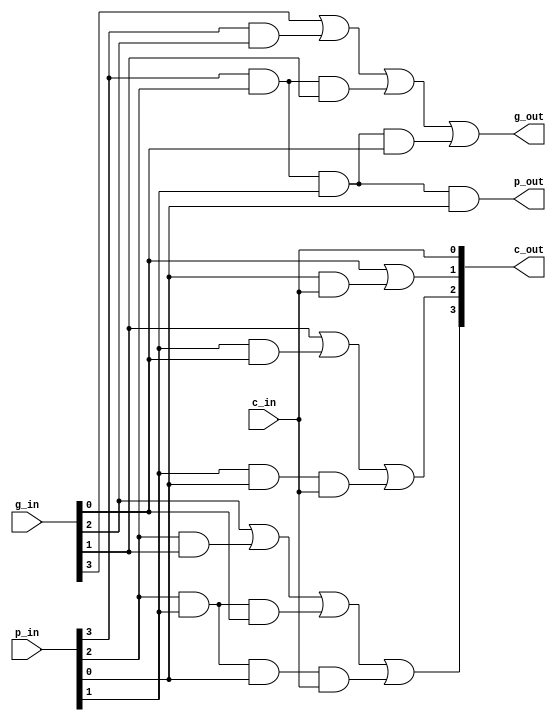
module Carry4(
	input  c_in,
	input  [3:0] p_in,
	input  [3:0] g_in,
	output [3:0] c_out,
	output p_out,
	output g_out
);

assign p_out 	= p_in[3] & p_in[2] & p_in[1] & p_in[0];
assign g_out	= g_in[3] | (p_in[3]&g_in[2]) | (p_in[3]&p_in[2]&g_in[1]) | (p_in[3]&p_in[2]&p_in[1]&g_in[0]);
assign c_out[0] = c_in;
// c[1] = g[0] | (p[0]&c[0])
assign c_out[1] = g_in[0] | (p_in[0]&c_in);
// c[2] = g[1] | (p[1]&g[0]) | (p[1]&p[0]&c[0])
assign c_out[2] = g_in[1] |      	 (p_in[1]&g_in[0]) |      	 (p_in[1]&p_in[0]&c_in);
// c[3] = g[2] | (p[2]&g[1]) | (p[2]&p[1]&g[0]) | (p[2]&p[1]&p[0]&c[0])
assign c_out[3] = g_in[2] | (p_in[2]&g_in[1]) | (p_in[2]&p_in[1]&g_in[0]) | (p_in[2]&p_in[1]&p_in[0]&c_in);

endmodule